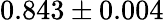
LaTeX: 0.843\pm 0.004